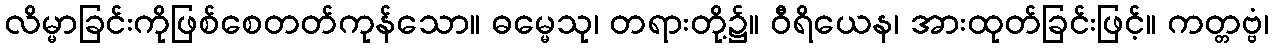
လိမ္မာခြင်းကိုဖြစ်စေတတ်ကုန်သော။ ဓမ္မေသု၊ တရားတို့၌။ ဝီရိယေန၊ အားထုတ်ခြင်းဖြင့်။ ကတ္တဗ္ဗံ၊